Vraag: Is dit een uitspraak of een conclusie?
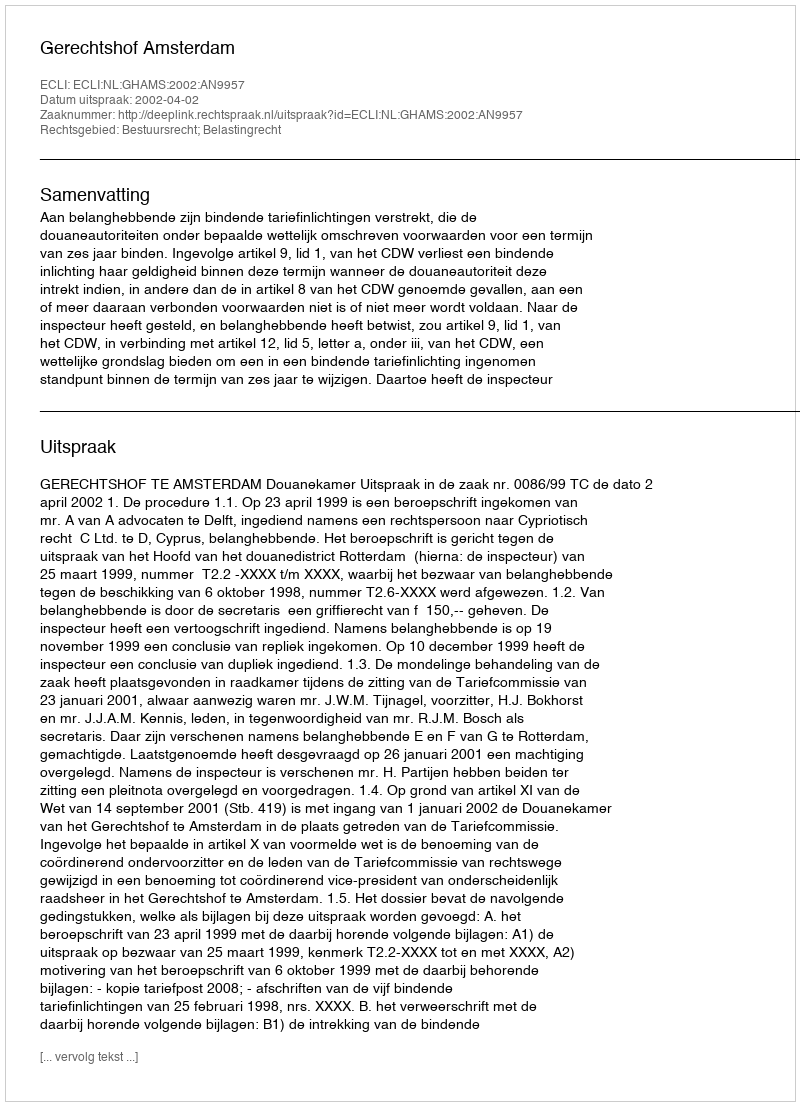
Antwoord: Uitspraak